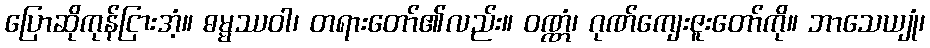
ပြောဆိုကုန်ငြားအံ့။ ဓမ္မဿဝါ၊ တရားတော်၏လည်း။ ဝဏ္ဏံ၊ ဂုဏ်ကျေးဇူးတော်ကို။ ဘာသေယျုံ၊